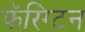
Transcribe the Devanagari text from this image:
फॅरिंग्टन